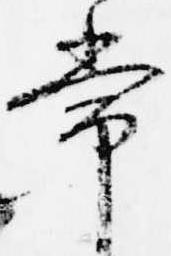
常